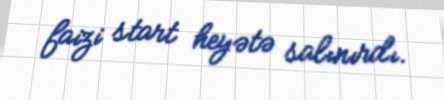
faizi start heyətə salınırdı.